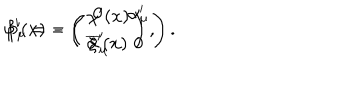
\varphi ^ { \prime } ( x ) = \left( \begin{array} { c } { { \chi ^ { \prime } ( x ) } } \\ { { \xi ^ { \prime } ( x ) } } \\ \end{array} \right) , \hspace { 0 . 3 i n } \beta _ { \mu } ^ { \prime } = - \left( \begin{array} { c c } { { 0 } } & { { \alpha _ { \mu } ^ { \prime } } } \\ { { \overline { { { \alpha } } } _ { \mu } ^ { \prime } } } & { { 0 } } \\ \end{array} \right) .